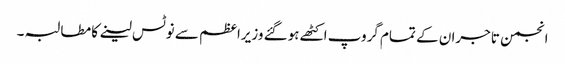
انجمن تاجران کے تمام گروپ اکٹھے ہوگئے وزیراعظم سے نوٹس لینے کا مطالبہ ۔